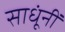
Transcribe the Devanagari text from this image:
साधूंनीं